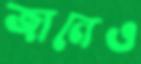
জানেও